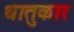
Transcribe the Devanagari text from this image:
धातुकार